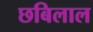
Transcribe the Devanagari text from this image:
छबिलाल